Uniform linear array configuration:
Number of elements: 24
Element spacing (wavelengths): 0.75
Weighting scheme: cosine
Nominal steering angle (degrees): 15
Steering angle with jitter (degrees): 16.73
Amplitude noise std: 0.05
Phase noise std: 0.05

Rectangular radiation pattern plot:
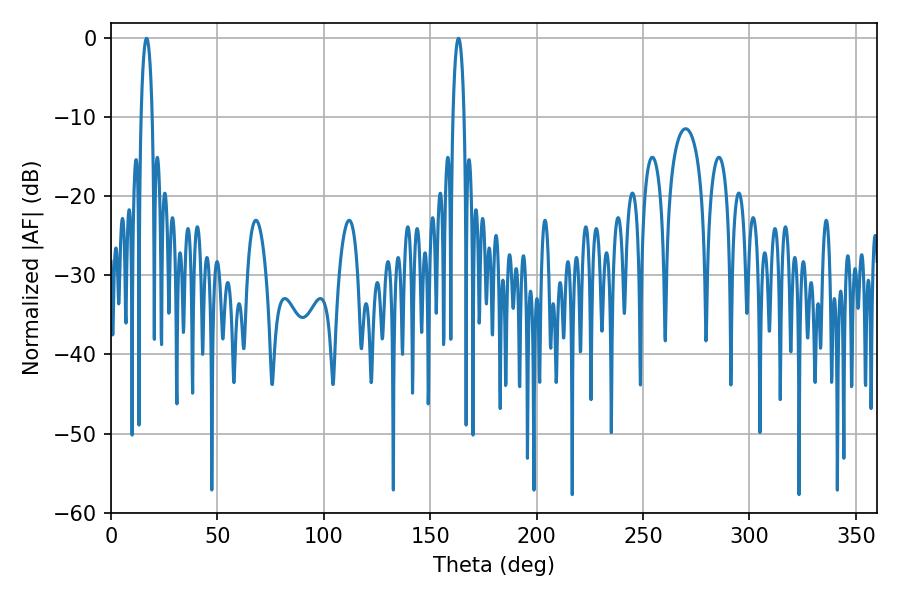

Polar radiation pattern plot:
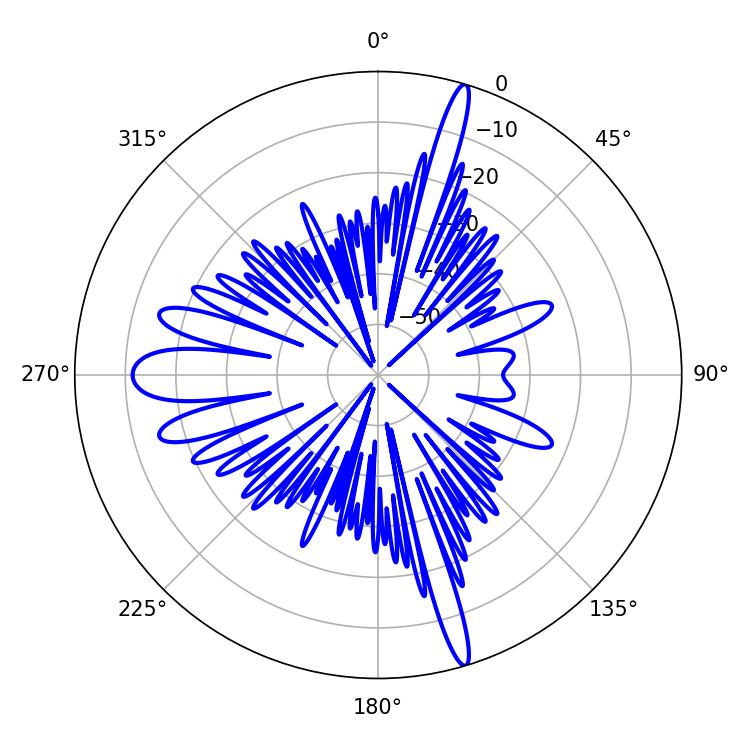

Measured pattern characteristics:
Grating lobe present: TRUE
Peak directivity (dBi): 21.489
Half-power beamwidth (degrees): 2.88
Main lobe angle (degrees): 16.74